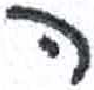
אות: ה